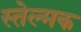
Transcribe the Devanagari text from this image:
स्तेल्मक